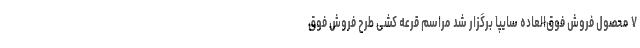
۷ محصول فروش فوق‌العاده سایپا برگزار شد مراسم قرعه کشی طرح فروش فوق